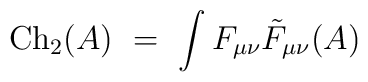
{\rm Ch}_2(A) \ = \ \int F_{\mu\nu} {\tilde F}_{\mu\nu}(A)